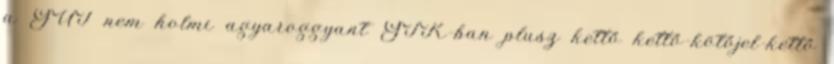
a GUI nem holmi agyaroggyant GTK-ban plusz kettő kettő-kötőjel-kettő